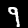
Digit: 9